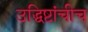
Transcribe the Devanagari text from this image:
उद्धिष्टांचीच